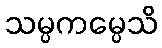
သမ္ပကမ္ပေသိ